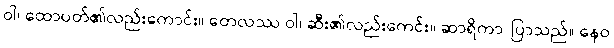
ဝါ၊ ထောပတ်၏လည်းကောင်း။ တေလဿ ဝါ၊ ဆီး၏လည်းကေင်း။ ဆာရိကာ၊ ပြာသည်။ နေဝ